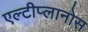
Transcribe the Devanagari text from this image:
एल्टीप्लानोस